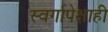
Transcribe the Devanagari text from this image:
स्वर्गापेक्षाही